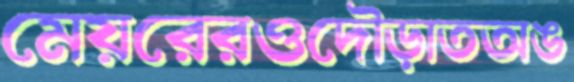
মেয়রেরওদৌড়াতঅঙ